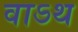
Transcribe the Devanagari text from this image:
वाऽथ